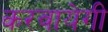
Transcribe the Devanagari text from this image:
करवायेगी